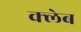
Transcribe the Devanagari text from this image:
क्लेब